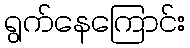
ရွက်နေကြောင်း